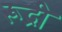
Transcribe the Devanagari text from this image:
रूद्री